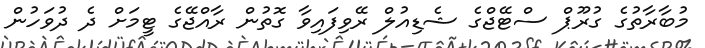
މުބާރާތުގެ ގުރޫޕް ސްޓޭޖްގެ ޝެޑިއުލް ރޭވިފައިވާ ގޮތުން ރާއްޖޭގެ ޓީމަށް ދެ ދުވަހުން